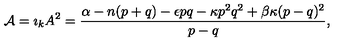
{ \cal A } = { \imath } _ { k } A ^ { 2 } = \frac { \alpha - n ( p + q ) - \epsilon p q - \kappa p ^ { 2 } q ^ { 2 } + \beta \kappa ( p - q ) ^ { 2 } } { p - q } ,